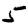
Digit: 5